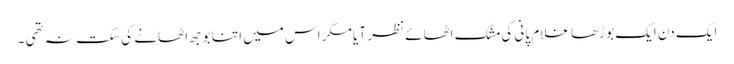
ایک دن ایک بوڑھا غلام پانی کی مشک اٹھائے نظر آیا مگر اس میں اتنا بوجھ اٹھانے کی سکت نہ تھی ۔